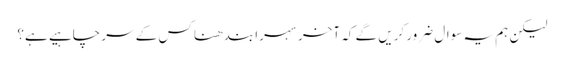
لیکن ہم یہ سوال ضرور کریں گے کہ آخر سہرا بندھنا کس کے سر چاہیے ہے؟